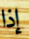
إذا